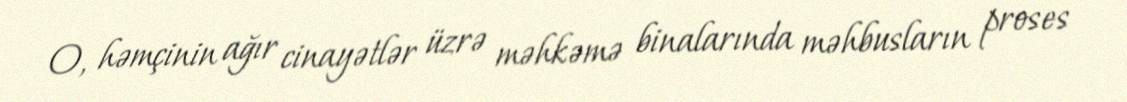
O, həmçinin ağır cinayətlər üzrə məhkəmə binalarında məhbusların proses